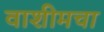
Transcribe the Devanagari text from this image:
वाशीमचा